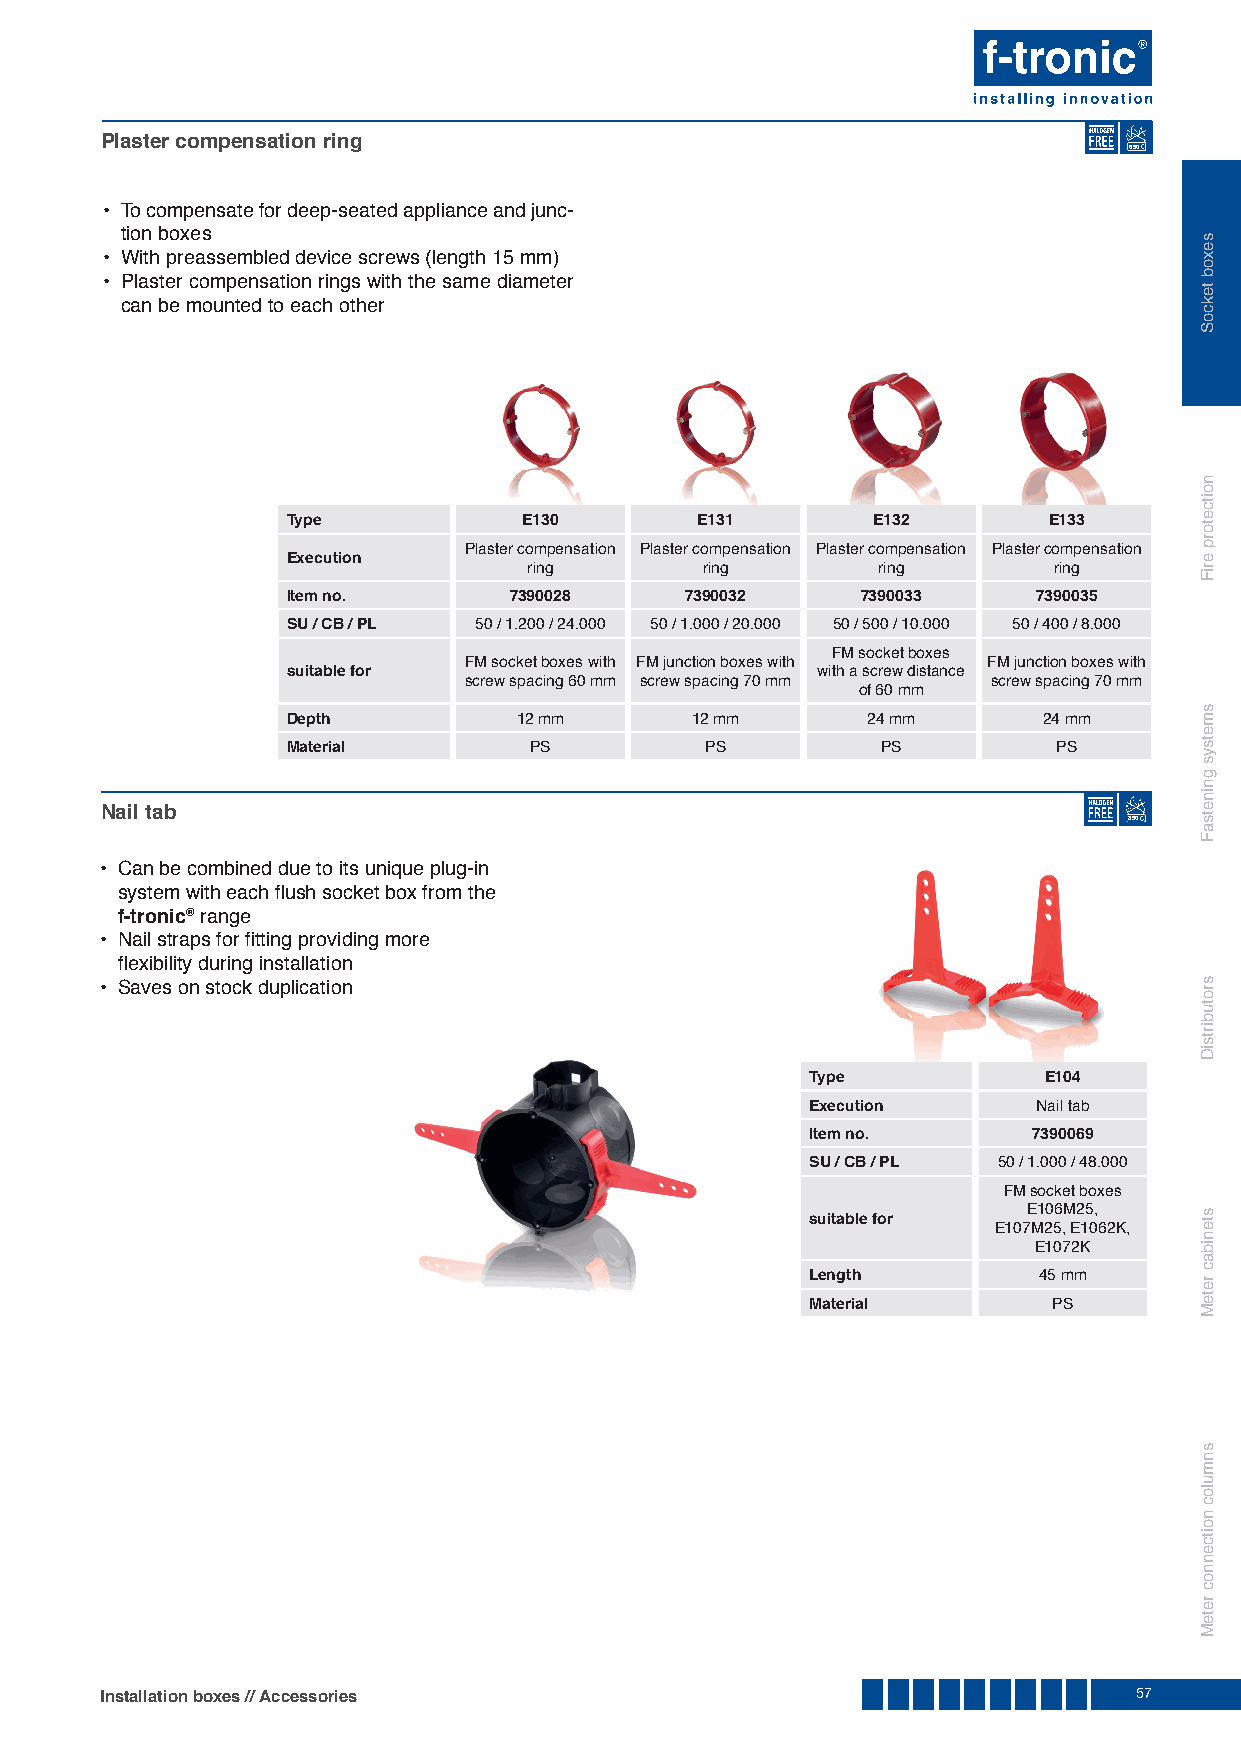
Plaster compensation ring
 650
 • To compensate for deep-seated appliance and junc-
 tion boxes
 • With preassembled device screws (length 15 mm)
 • Plaster compensation rings with the same diameter
 can be mounted to each other
 Type            E130       E131        E132       E133
 Plaster compensation Plaster compensation Plaster compensation Plaster compensation
 Execution
 ring       ring        ring        ring
 Item no.       7390028    7390032     7390033     7390035
 SU / CB / PL 50 / 1.200 / 24.000 50 / 1.000 / 20.000 50 / 500 / 10.000 50 / 400 / 8.000
 FM socket boxes
 FM socket boxes with FM junction boxes with FM junction boxes with
 suitable for                       with a screw distance
 screw spacing 60 mm screw spacing 70 mm screw spacing 70 mm
 of 60 mm
 Depth          12 mm       12 mm      24 mm       24 mm
 Material        PS          PS         PS          PS
 Nail tab
 850
 • Can be combined due to its unique plug-in
 system with each fl ush socket box from the
 f-tronic® range
 • Nail straps for fi tting providing more
 fl exibility during installation
 • Saves on stock duplication
 Type           E104
 Execution      Nail tab
 Item no.      7390069
 SU / CB / PL 50 / 1.000 / 48.000
 FM socket boxes
 E106M25,
 suitable for
 E107M25, E1062K,
 E1072K
 Length         45 mm
 Material        PS
 Installation boxes // Accessories                                   57
 sexob
 tekcoS
 noitcetorp
 eriF
 smetsys
 gninetsaF
 srotubirtsiD
 stenibac
 reteM
 snmuloc
 noitcennoc
 reteM